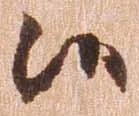
候